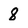
Character: 8